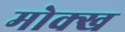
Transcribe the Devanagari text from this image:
मोक्ख